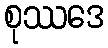
စုဿဒေ